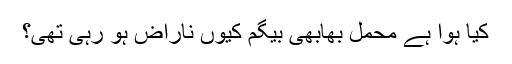
کیا ہوا ہے محمل بھابھی بیگم کیوں ناراض ہو رہی تھی؟